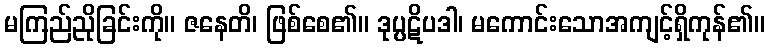
မကြည်ညိုခြင်းကို။ ဇနေတိ၊ ဖြစ်စေ၏။ ဒုပ္ပဋိပဒါ၊ မကောင်းသောအကျင့်ရှိကုန်၏။